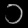
Digit: ၁